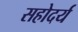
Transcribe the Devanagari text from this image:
सहोदर्य